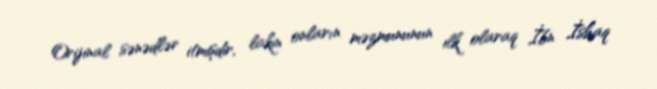
Orijinal sənədlər itmişdir, lakin onların məzmununun ilk olaraq İbn İshaq